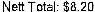
NETT TOTAL: $8.20